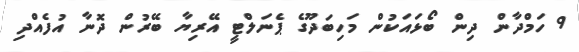
9 ހަމްދާން ދިން ބޯޅައަކުން މަހިބަދޫގެ ޕެނަލްޓީ އޭރިޔާ ބޭރުން ދޮނާ އުފެއްދި